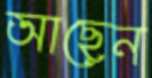
আছেন